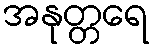
အနုတ္တရေ